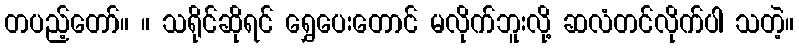
တပည့်တော်။ ။ သရိုင်ဆိုရင် ရွှေပေးတောင် မလိုက်ဘူးလို့ ဆလံတင်လိုက်ပါ သတဲ့။